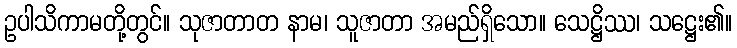
ဥပါသိကာမတို့တွင်။ သုဇာတာတ နာမ၊ သူဇာတာ အမည်ရှိသော။ သေဋ္ဌိဿ၊ သဋ္ဌေး၏။